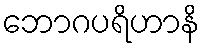
ဘောဂပရိဟာနိ